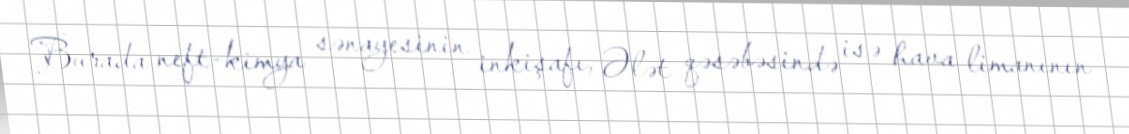
Burada neft-kimya sənayesinin inkişafı, Ələt qəsəbəsində isə hava limanının